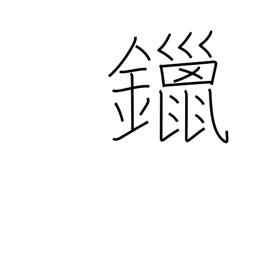
Meaning: solder